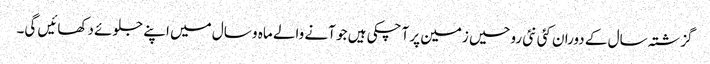
گزشتہ سال کے دوران کئی نئی روحیں زمین پر آچکی ہیں جو آنے والے ماہ و سال میں اپنے جلوئے دکھائیں گی۔